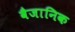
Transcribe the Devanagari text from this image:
वैजानिक